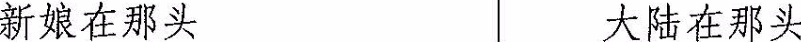
新娘在那头 大陆在那头